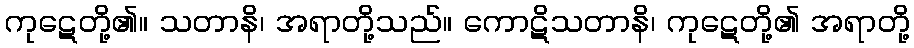
ကုဋေတို့၏။ သတာနိ၊ အရာတို့သည်။ ကောဋိသတာနိ၊ ကုဋေတို့၏ အရာတို့